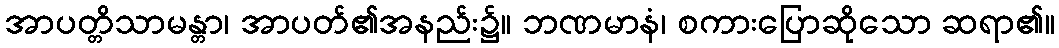
အာပတ္တိသာမန္တာ၊ အာပတ်၏အနည်း၌။ ဘဏမာနံ၊ စကားပြောဆိုသော ဆရာ၏။